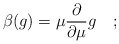
\begin{align*}\beta (g) = \mu {\partial\over\partial\mu}g \quad ;\end{align*}